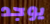
يوجد